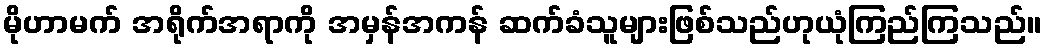
မိုဟာမက် အရိုက်အရာကို အမှန်အကန် ဆက်ခံသူများဖြစ်သည်ဟုယုံကြည်ကြသည်။